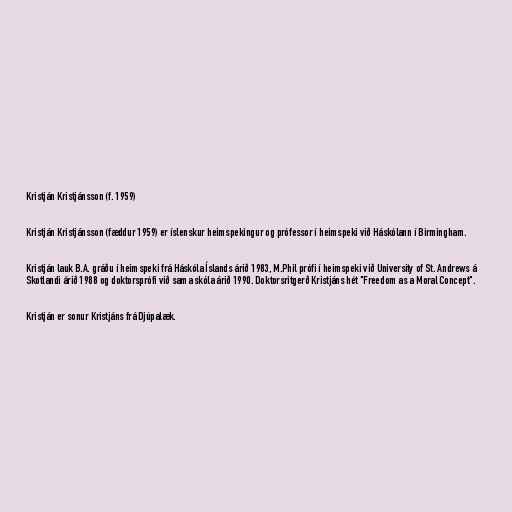
Kristján Kristjánsson (f. 1959)

Kristján Kristjánsson (fæddur 1959) er íslenskur heimspekingur og prófessor í heimspeki við Háskólann í Birmingham.

Kristján lauk B.A. gráðu í heimspeki frá Háskóla Íslands árið 1983, M.Phil prófi í heimspeki við University of St. Andrews á
Skotlandi árið 1988 og doktorsprófi við sama skóla árið 1990. Doktorsritgerð Kristjáns hét "Freedom as a Moral Concept".

Kristján er sonur Kristjáns frá Djúpalæk.